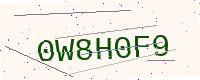
Text: 0W8H0F9